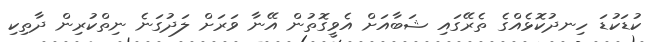
ކުޑަކުޑަ ހިނދުކޮޅެއްގެ ތެރޭގައި ޝަބާއަށް އެވީގޮތުން އޭނާ ވަރަށް ލަދުގަނެ ނިތްކުރިން ދާތިކި